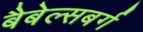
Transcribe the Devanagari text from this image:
बैबेल्सबर्ग